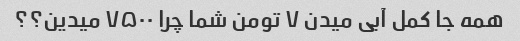
همه جا کمل آبی میدن ۷ تومن شما چرا ۷۵۰۰ میدین؟؟